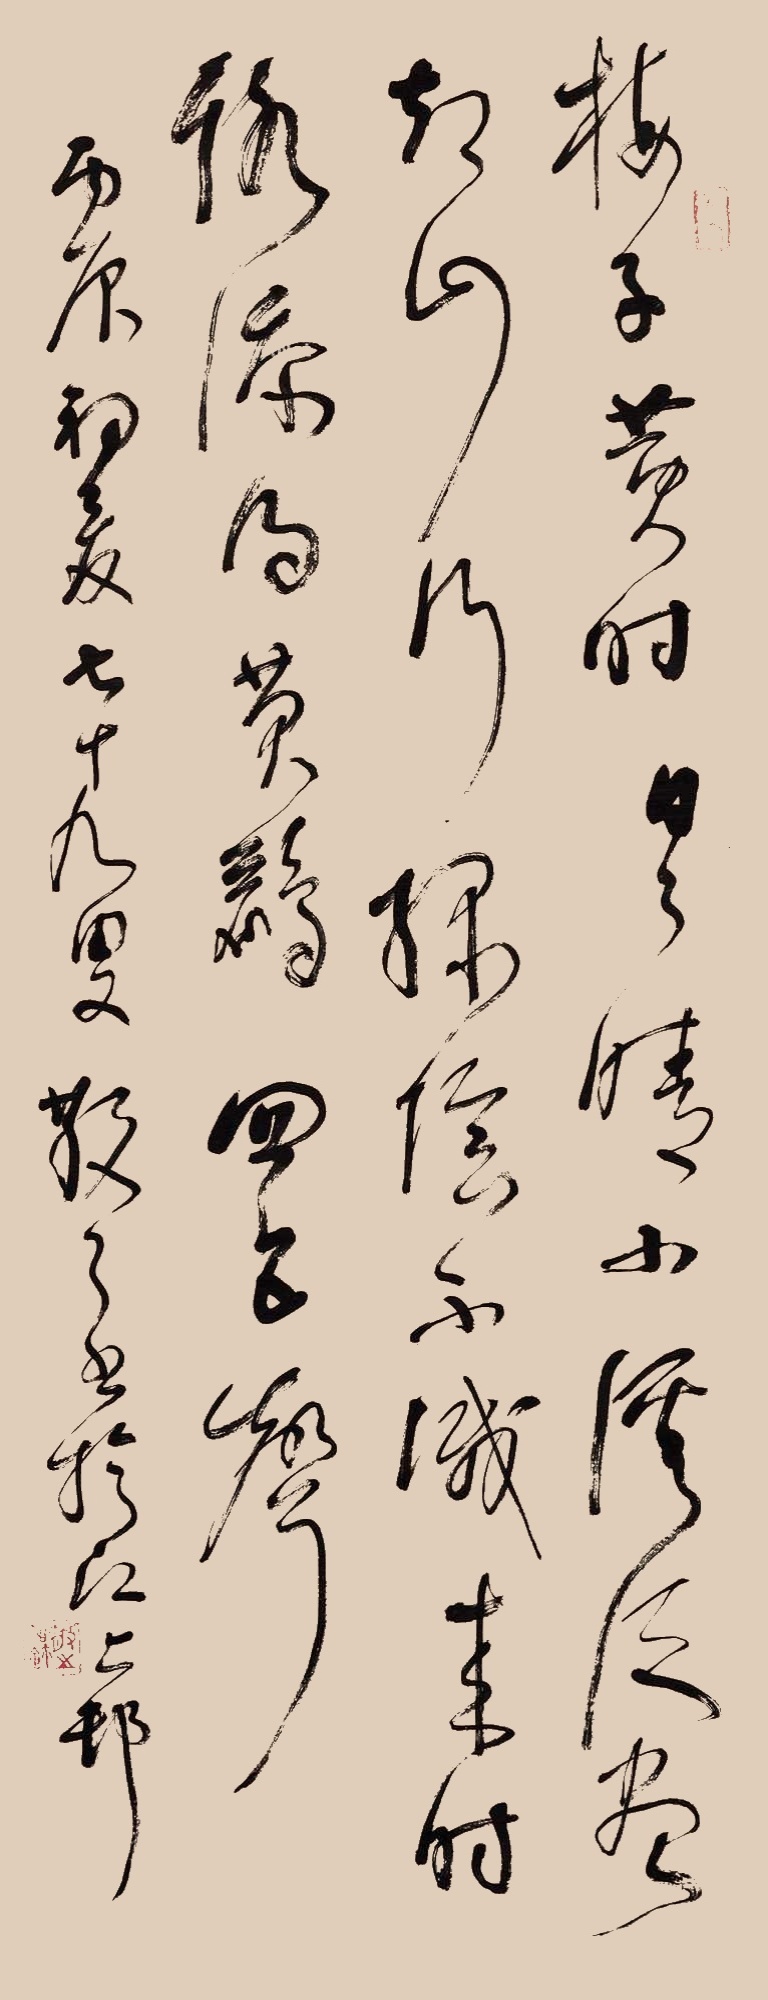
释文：梅子黄时日日晴，小溪泛尽却山行。绿阴不减来时路，添得黄鹂四五声。丙辰初夏，七十九叟散之书于江上村。